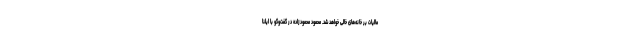
مالیات بر خانه‌های خالی خواهد شد. محمود محمودزاده در گفت‌وگو با ایلنا